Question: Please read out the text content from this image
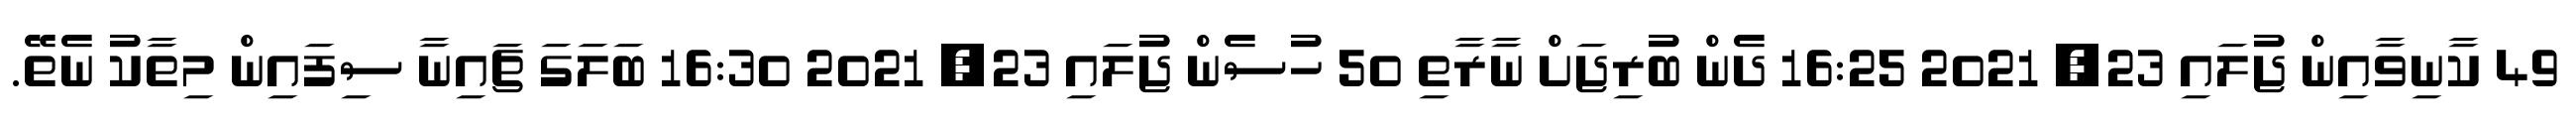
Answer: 49 ކާނިވާއިން ޖުލައި 23, 2021 16:25 ދެން ބުރިޖަށް ނާރާތި 50 ހުސެން ޖުލައި 23, 2021 16:30 ބަލަގަ ޗައިނާ ސިފައިން މިތާކު ނެތޭ.